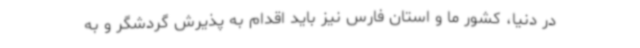
در دنیا، کشور ما و استان فارس نیز باید اقدام به پذیرش گردشگر و به